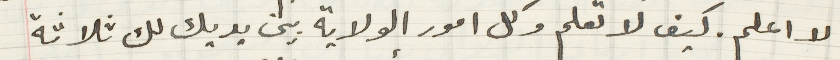
لا اعلم. كيف لا تعلم وكل امور الولاية بين يديك لك ثلاثة